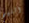
النهج